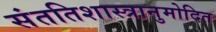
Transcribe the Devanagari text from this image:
संततिशास्त्रानुमोदित